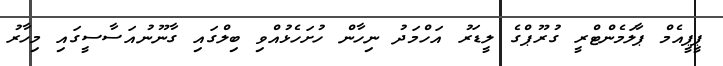
ޕީޕީއެމް ޕާލަމެންޓްރީ ގުރޫޕްގެ ލީޑަރު އަހްމަދު ނިހާން ހުށަހެޅުއްވި ބިލްގައި ގާނޫނުއަސާސީގައި މިހާރު